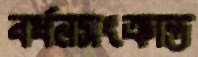
বর্ধনসংক্রান্ত